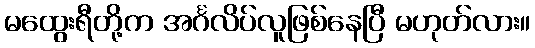
မထွေးရီတို့က အင်္ဂလိပ်လူဖြစ်နေပြီ မဟုတ်လား။